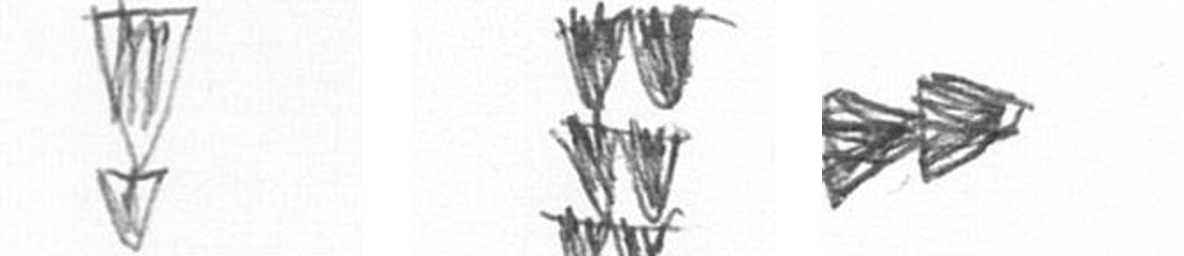
Z Y A